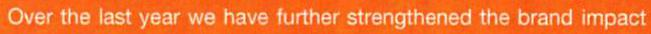
Over the last year we have further strengthened the brand impact